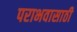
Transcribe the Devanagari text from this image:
पराभवासाठी